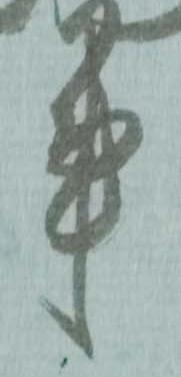
事